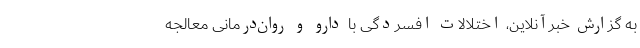
به گزارش خبرآنلاین، اختلالات افسردگی با دارو و روان‌درمانی معالجه